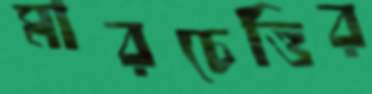
মারচেত্তির